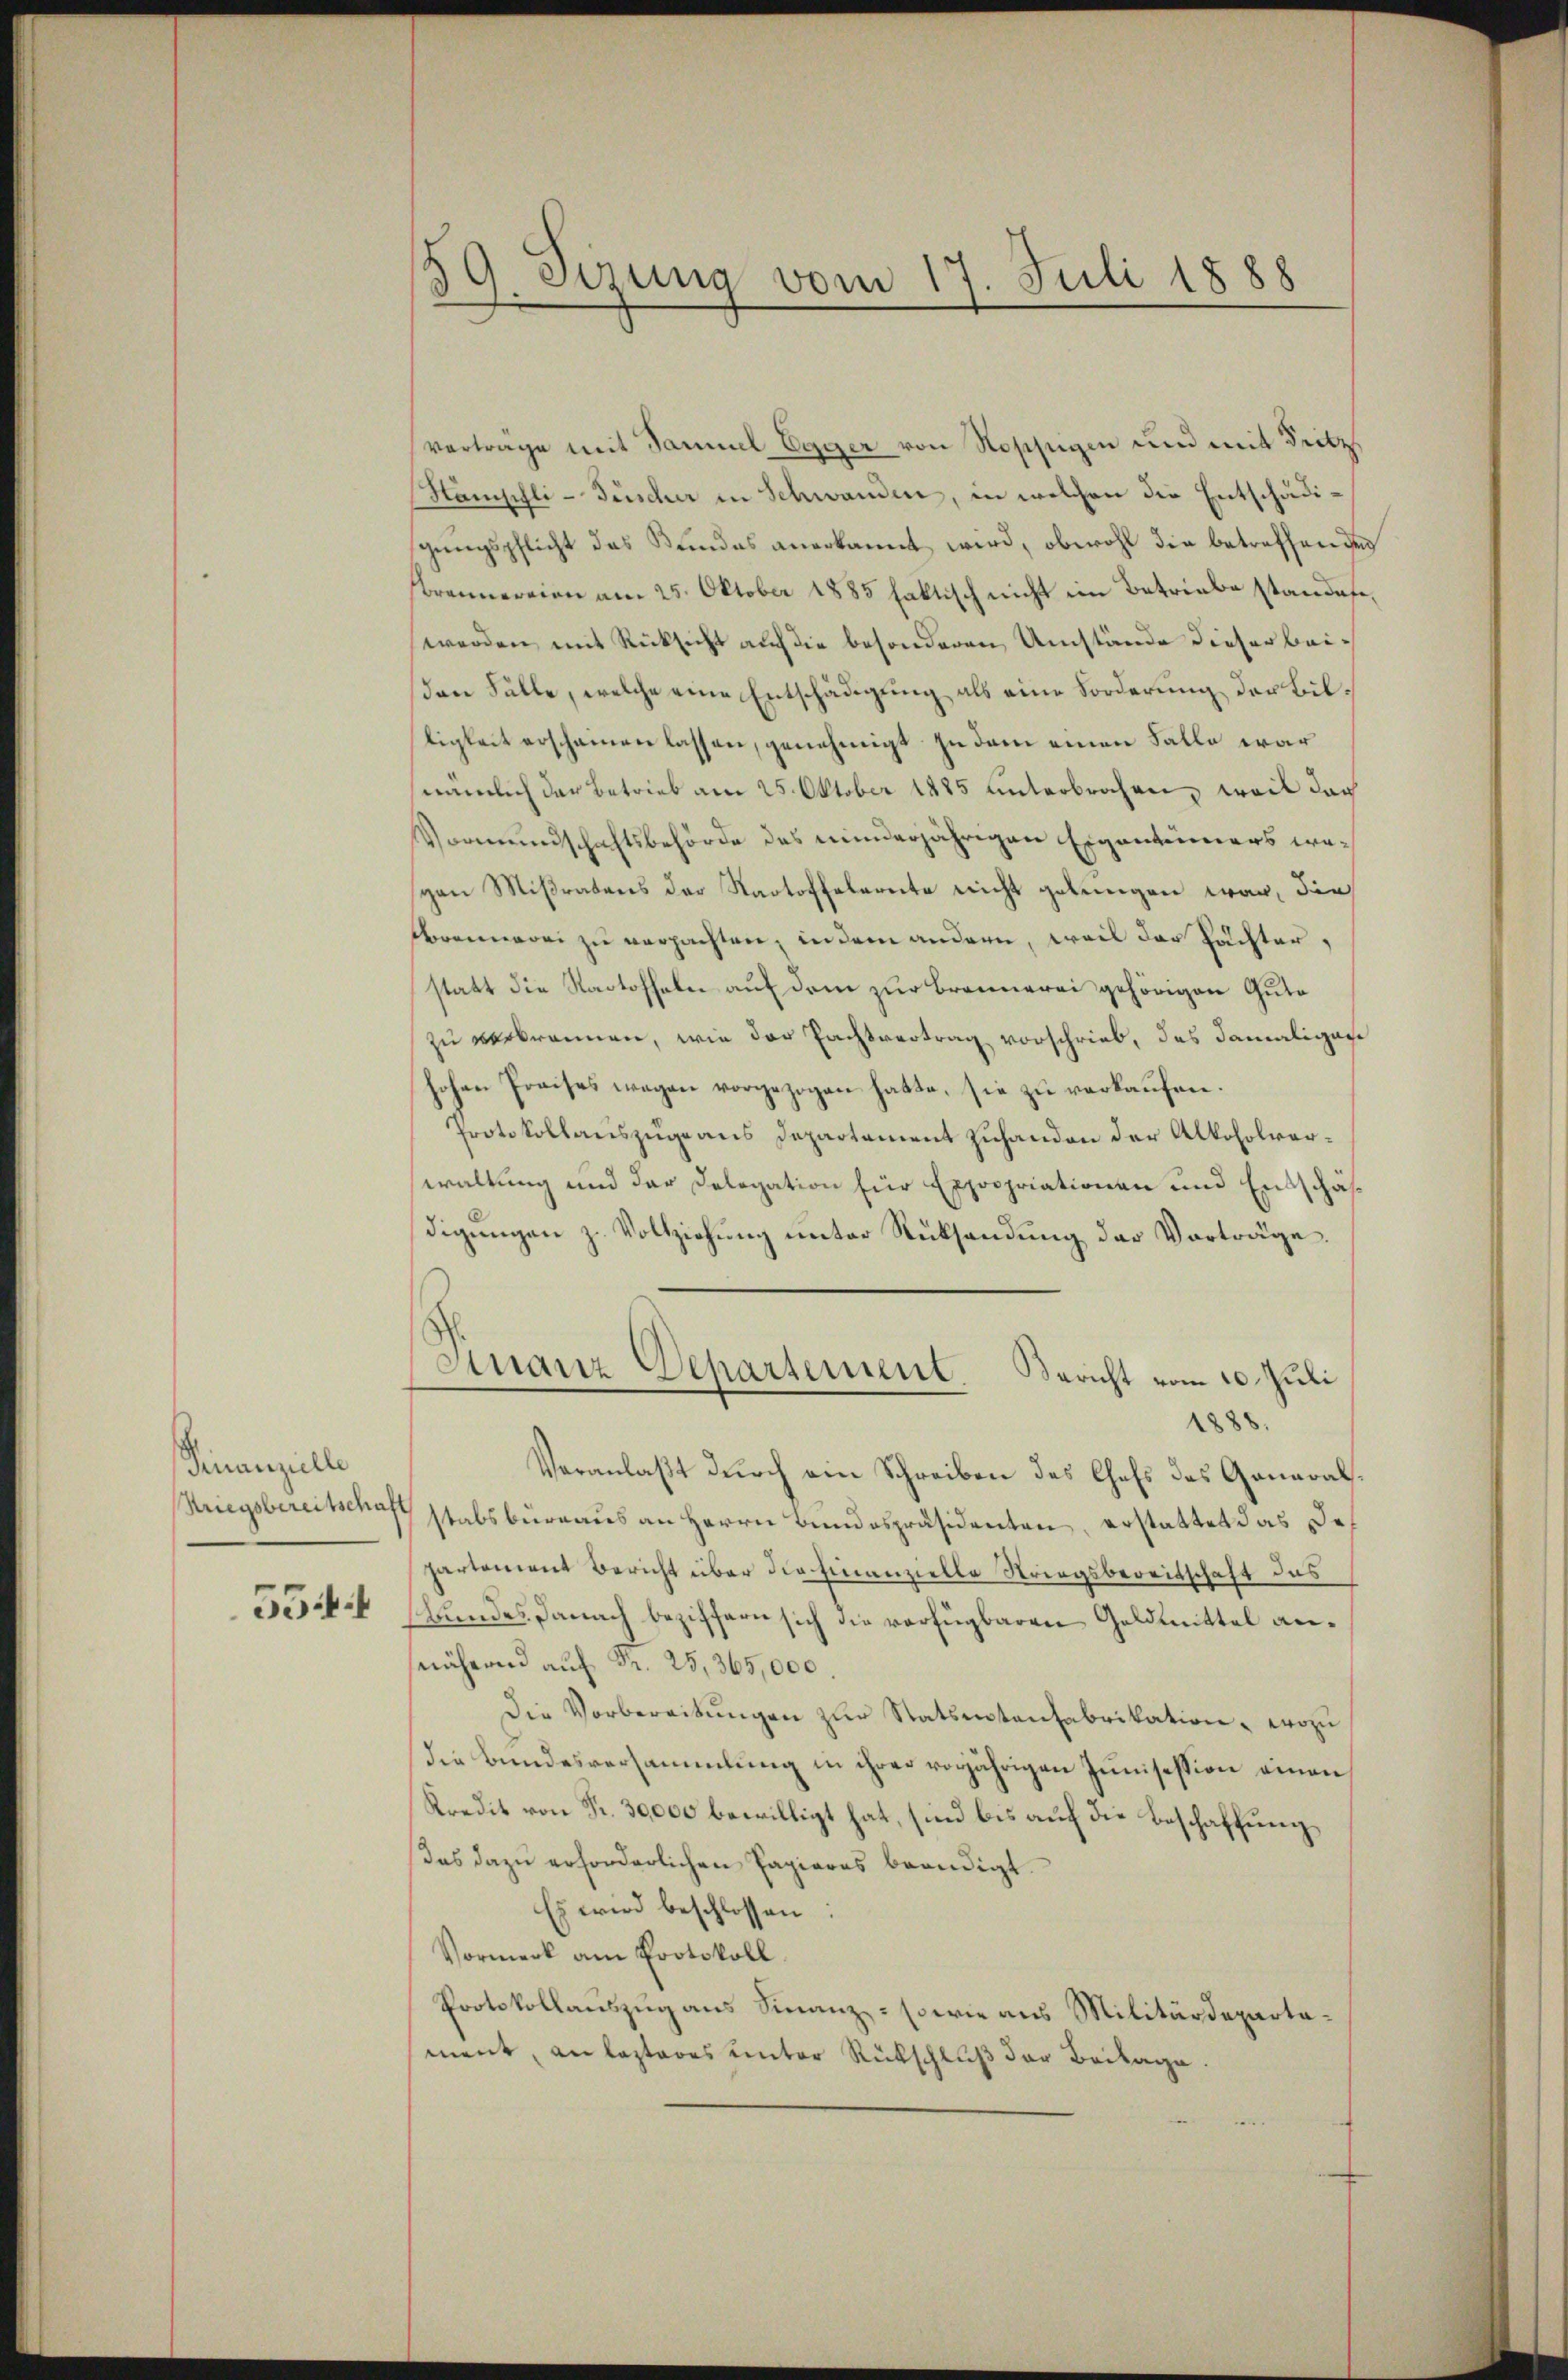
Finanzielle
5544

59. Sizung vom 17. Juli 1888

verträge mit Samuel Egger von Ropfigen und mit Fritz
Hamphli-Füscher in Schwanden, in welchen die Entschädigŭngspflicht das Kindes anerkannt wird, obwohl die betreffenden
rennereien am 25. Oktober 1885 faktisch nicht ein Betriebe standese,
werden mit Rücksicht auf die besonderen Umstände dieser beion Fälle, welche eine Entschädigung als eine Forderung der Biltigkeit erscheinen lassen, genehmigt. In dem einen Falle war
nämlich der Betrieb am 25. Oktober 1885 unterbrochen, weil doch
Vormundschaftsbehörde des minderjährigen Eigentümers wesgon Mißratens der Kartoffelernte nicht gelungen war, die
brennerei zu verpachten, in dem andern, weil der Pächter,
statt die Kartoffeln auf dem zur Bronnerei gehörigen Gute
zu verbrennen, wie der Pachtvertrag vorschrieb, das damaliger
hohen Preises wegen vorgezogen hatte, sie zu verkaufen.
Protokollauszuge aus Departement zuhanden der Alkoholverwaltung und der Delegation für Expropriationen und Entschäfdigungen z. Vollziehung unter Rücksendung der Vorträge.
Finanz-Departement. Bericht vom 20. Juli
1888.
Veranlaßt durch ein Schreiben des Chefs des General¬
Kriegsbereitschaft stabsbureaus an Herrn Bundespräsidenten, erstattet das Departement Bericht über die Finanzielle Stringsbereitschaft des
shundes Danach beziffern sich die verfügbaren Geldmittel annähernd auf Fr. 25, 365,000.
Die Vorbereitŭngen zŭr Statsentanfabrikation, wozu
Die Bundesversammlung in ihrer vorjährigen Junisession einen
Kredit von Fr. 30,000 bewilligt hat, sind bis auf die Beschaffung
das dazu erforderlichen Papieres beendigt.
Es wird beschlossen:
Vormerk am Protokoll
Protokollauszug aus Finanz- sowie aus Militärdepartament, an lasteres unter Rückschluß der Beilage.